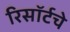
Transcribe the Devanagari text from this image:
रिसॉर्टचे